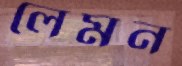
লেমন